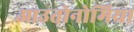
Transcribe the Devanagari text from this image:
आउतोनोमिया